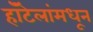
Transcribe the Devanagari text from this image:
हॉटेलांमधून